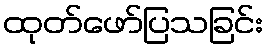
ထုတ်ဖော်ပြသခြင်း